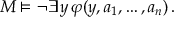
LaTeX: M \models \neg \exists y \, \varphi ( y , a _ { 1 } , \dots , a _ { n } ) \, .